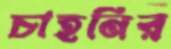
চাহনির